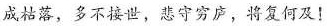
成枯落，多不接世，悲守穷庐，将复何及！